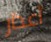
أعذار